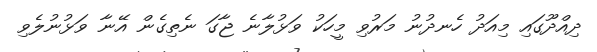
ދިއްދޫގައި މިއަދު ހެނދުނު މަރުވި މީހަކު ވަޅުލާނެ ޖާގަ ނެތިގެން އޭނާ ވަޅުނުލެވި